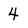
Character: 4